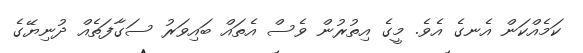
ކަމެއްކަން އެނގެ އެވެ. މީގެ އިތުރުން ވެސް އެތައް ބައިވަރު ސަގާފަތެއް ދުނިޔޭގެ